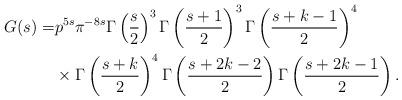
LaTeX: \begin{align*}G(s)=&p^{5s}\pi^{-8s}\Gamma\left(\frac{s}{2}\right)^3 \Gamma\left(\frac{s+1}{2}\right)^3 \Gamma\left(\frac{s+k-1}{2}\right)^4 \\&\times \Gamma\left(\frac{s+k}{2}\right)^4 \Gamma\left(\frac{s+2k-2}{2}\right) \Gamma\left(\frac{s+2k-1}{2}\right). \end{align*}